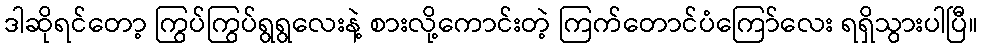
ဒါဆိုရင်တော့ ကြွပ်ကြွပ်ရွရွလေးနဲ့ စားလို့ကောင်းတဲ့ ကြက်တောင်ပံကြော်လေး ရရှိသွားပါပြီ။